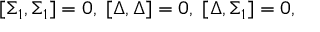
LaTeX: \lbrack \Sigma _ { 1 } , \Sigma _ { 1 } ] = 0 , \; [ \Delta , \Delta ] = 0 , \; [ \Delta , \Sigma _ { 1 } ] = 0 ,